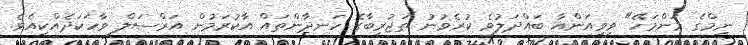
ނިމްގެ މަންމަހޭ" ވިވިއަންއާ ބައްދަލުވެ ކުރެވުނު ތަޖުރިބާގެ ހަނދާންތައް އާކުރަމުން އަރްސަލް ވާހަކަދެއްކިއެވެ.